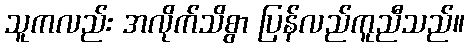
သူကလည်း အလိုက်သိစွာ ပြန်လည်ကူညီသည်။